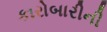
કારોબારીની